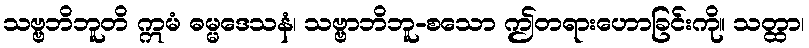
သဗ္ဗဘိဘူတိ ဣမံ ဓမ္မဒေသနံ၊ သဗ္ဗာဘိဘူ-စသော ဤတရားဟောခြင်းကို။ သတ္ထာ၊